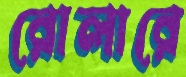
রোলারে